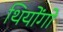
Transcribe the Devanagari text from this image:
थियोंगो